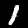
Label: 1